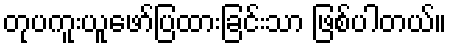
တုပကူးယူဖော်ပြထားခြင်းသာ ဖြစ်ပါတယ်။